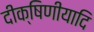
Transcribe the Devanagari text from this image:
दीक्षिणीयादि